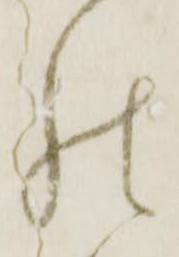
の